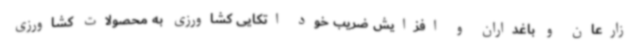
زارعان و باغداران و افزایش ضریب خود اتکایی کشاورزی به محصولات کشاورزی